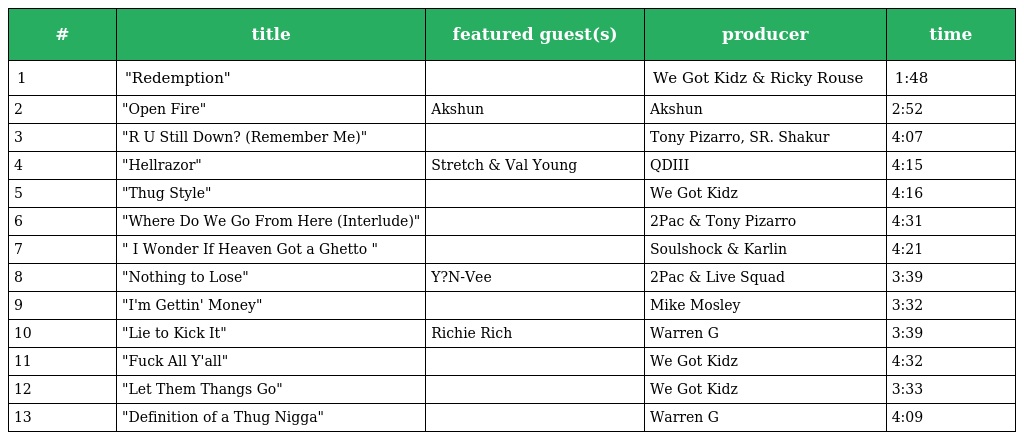
| # | title | featured guest(s) | producer | time |
 | --- | --- | --- | --- | --- |
 | 1 | "Redemption" |  | We Got Kidz & Ricky Rouse | 1:48 |
 | 2 | "Open Fire" | Akshun | Akshun | 2:52 |
 | 3 | "R U Still Down? (Remember Me)" |  | Tony Pizarro, SR. Shakur | 4:07 |
 | 4 | "Hellrazor" | Stretch & Val Young | QDIII | 4:15 |
 | 5 | "Thug Style" |  | We Got Kidz | 4:16 |
 | 6 | "Where Do We Go From Here (Interlude)" |  | 2Pac & Tony Pizarro | 4:31 |
 | 7 | " I Wonder If Heaven Got a Ghetto " |  | Soulshock & Karlin | 4:21 |
 | 8 | "Nothing to Lose" | Y?N-Vee | 2Pac & Live Squad | 3:39 |
 | 9 | "I'm Gettin' Money" |  | Mike Mosley | 3:32 |
 | 10 | "Lie to Kick It" | Richie Rich | Warren G | 3:39 |
 | 11 | "Fuck All Y'all" |  | We Got Kidz | 4:32 |
 | 12 | "Let Them Thangs Go" |  | We Got Kidz | 3:33 |
 | 13 | "Definition of a Thug Nigga" |  | Warren G | 4:09 |